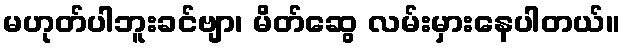
မဟုတ်ပါဘူးခင်ဗျာ၊ မိတ်ဆွေ လမ်းမှားနေပါတယ်။